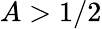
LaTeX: A>1/2